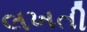
લખતી